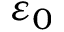
\varepsilon _ { 0 }